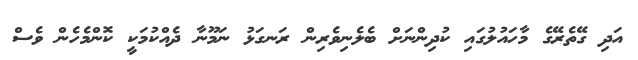
އަދި ގޭތެރޭގެ މާހައުލުގައި ކުދިންނަށް ބެލެނިވެރިން ރަނގަޅު ނަމޫނާ ދެއްކުމަކީ ކޮންމެހެން ވެސް